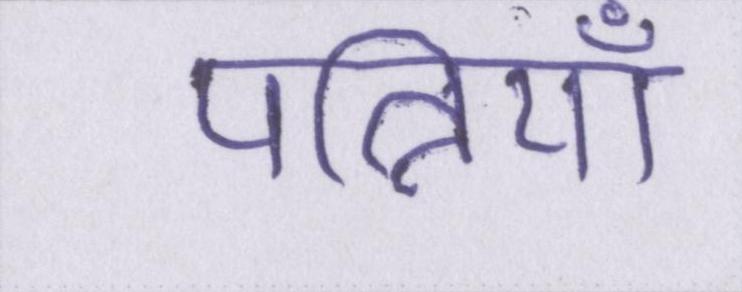
पत्नियाँ